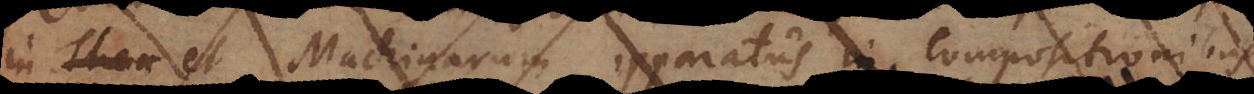
in Thea et Machinarum apparatus in compositionibus